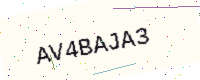
Text: AV4BAJA3